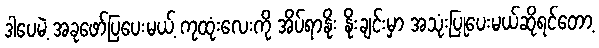
ဒါပေမဲ့ အခုဖော်ပြပေးမယ့် ကုထုံးလေးကို အိပ်ရာနိုး နိုးချင်းမှာ အသုံးပြုပေးမယ်ဆိုရင်တော့